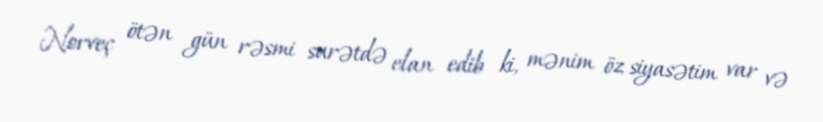
Norveç ötən gün rəsmi surətdə elan edib ki, mənim öz siyasətim var və